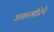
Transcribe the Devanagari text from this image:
अयशस्वीतेचे